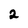
Character: 2